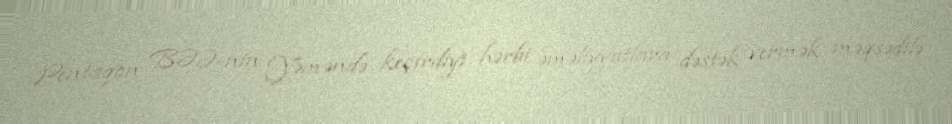
Pentaqon BƏƏ-nin Yəməndə keçirdiyi hərbi əməliyyatlara dəstək vermək məqsədilə